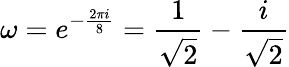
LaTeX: \omega=e^{-{\frac{2\pi i}{8}}}={\frac{1}{\sqrt{2}}}-{\frac{i}{\sqrt{2}}}